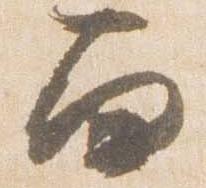
面